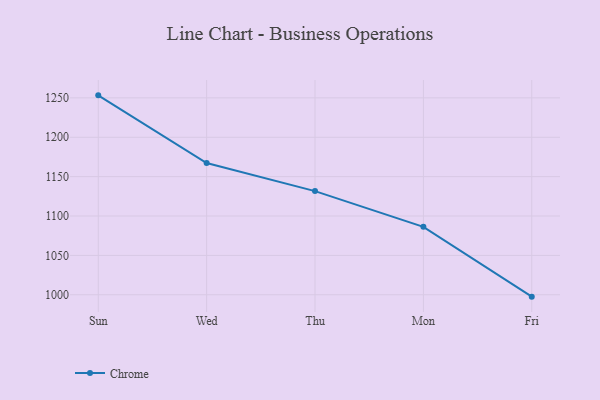
{"axis": {"x": "Day", "y": "Conversion Rate (%)"}, "legend": ["Chrome"], "data": [{"x": "Sun", "y": 1253.2, "type": "Chrome"}, {"x": "Wed", "y": 1167.2, "type": "Chrome"}, {"x": "Thu", "y": 1131.6, "type": "Chrome"}, {"x": "Mon", "y": 1086.3, "type": "Chrome"}, {"x": "Fri", "y": 997.6, "type": "Chrome"}]}